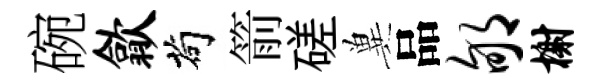
碗歙茍箭磋兾品郇榭